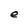
Character: e